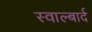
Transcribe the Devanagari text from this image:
स्वाल्बार्द